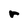
Character: r